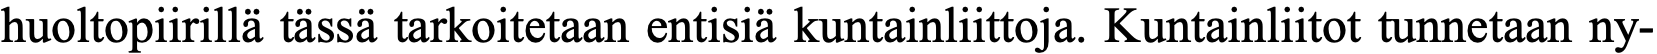
huoltopiirillä tässä tarkoitetaan entisiä kuntainliittoja. Kuntainliitot tunnetaan ny-